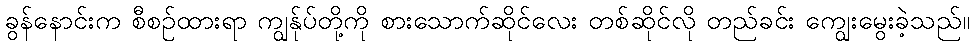
ခွန်နောင်းက စီစဉ်ထားရာ ကျွန်ုပ်တို့ကို စားသောက်ဆိုင်လေး တစ်ဆိုင်လို တည်ခင်း ကျွေးမွေးခဲ့သည်။